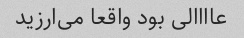
عاااالی بود واقعا می‌ارزید